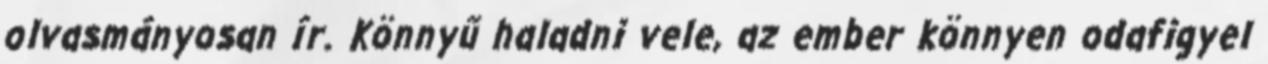
olvasmányosan ír. Könnyű haladni vele, az ember könnyen odafigyel